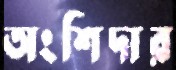
অংশিদার